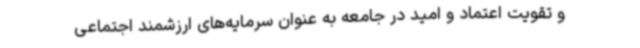
و تقویت اعتماد و امید در جامعه به عنوان سرمایه‌های ارزشمند اجتماعی